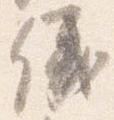
儀